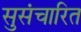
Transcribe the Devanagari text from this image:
सुसंचारित